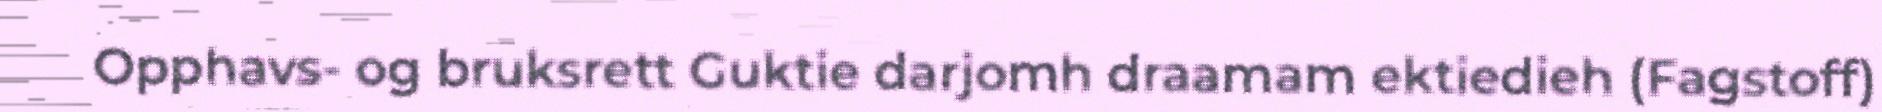
Opphavs- og bruksrett Guktie darjomh draamam ektiedieh (Fagstoff)